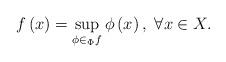
LaTeX: \begin{align*}f\left(x\right)=\sup_{\phi\in_{\Phi}f}\phi\left(x\right),\ \forall x\in X.\end{align*}